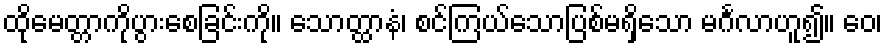
ထိုမေတ္တာကိုပွားစေခြင်းကို။ သောတ္ထာနံ၊ စင်ကြယ်သောပြစ်မရှိသော မင်္ဂလာဟူ၍။ ဝေ၊